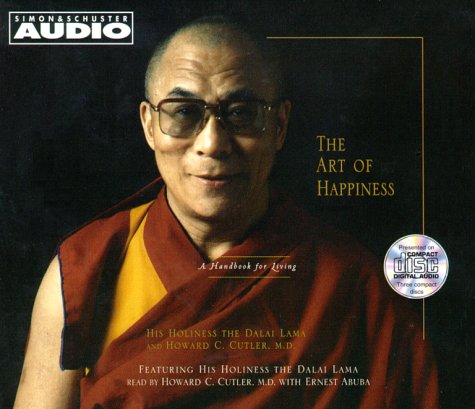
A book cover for The Art Of Happiness: A Handbook For Living; His Holiness the Dalai Lama; Religion & Spirituality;